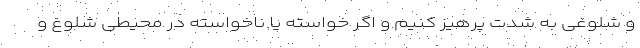
و شلوغی به شدت پرهیز کنیم و اگر خواسته یا ناخواسته در محیطی شلوغ و